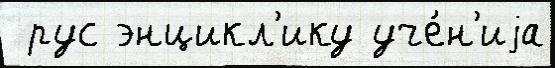
 рус энцикл'ику уче́н'иjа